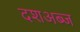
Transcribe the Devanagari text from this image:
दशअब्ज